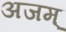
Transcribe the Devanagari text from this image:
अजम्